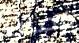
فصلت